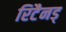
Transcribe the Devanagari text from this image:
रिटैनड्